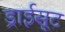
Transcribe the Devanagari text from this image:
ड्राईसूट